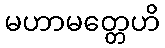
မဟာမတ္တေဟိ